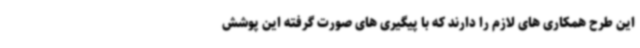
این طرح همکاری های لازم را دارند که با پیگیری های صورت گرفته این پوشش